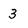
Character: 3